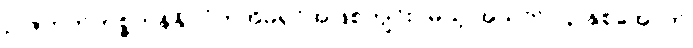
ဉဇဘက်ကစ္စတန်နိုင်ငံကအိမ်ရှင်အဖြစ်ကျင်းပမယ့် အသက် ၂၃ နှစ်အောက်